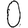
Digit: 0